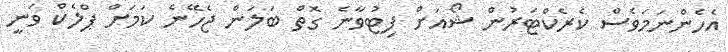
އެހެންނަމަވެސް ކެރެކްޓަރުން ޝޯއަށް ފިޓުވާނެ ގޮތް ބަލަން ޖެހޭނެ ކަމަށް ޕްލެކް ވަނީ